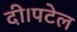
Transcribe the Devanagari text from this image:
दी।पटेल